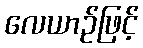
လေယာဉ်ဖြင့်